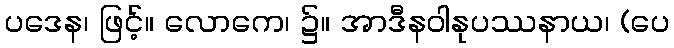
ပဒေန၊ ဖြင့်။ လောကေ၊ ၌။ အာဒီနဝါနုပဿနာယ၊ (ပေ